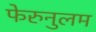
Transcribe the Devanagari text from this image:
फेरुनुलम